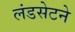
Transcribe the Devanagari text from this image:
लंडसेटने